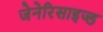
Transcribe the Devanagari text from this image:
जेनेरिसाइज्ड